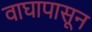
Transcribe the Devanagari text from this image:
वाघापासून